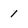
Character: 1